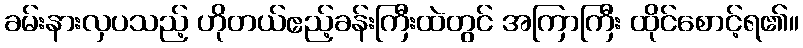
ခမ်းနားလှပသည့် ဟိုတယ်ဧည့်ခန်းကြီးထဲတွင် အကြာကြီး ထိုင်စောင့်ရ၏။